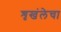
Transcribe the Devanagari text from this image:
शृखंलेचा